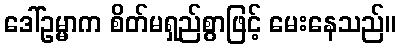
ဒေါ်ဥမ္မာက စိတ်မရှည်စွာဖြင့် မေးနေသည်။